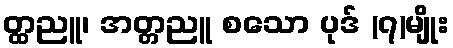
တ္ထညူ၊ အတ္တညူ စသော ပုဒ် (၇)မျိုး